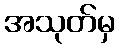
အသုတ်မှ